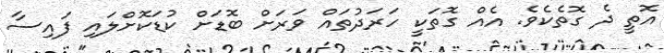
އޮތީ ދެ ގޮތެކެވެ. އެއް ގޮތަކީ ހަރަދުތައް ވަރަށް ބޮޑަށް ކުޑަކޮށްލައި ފައިސާ